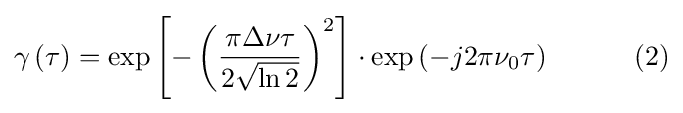
\gamma \left(\tau \right)=\exp \left[-\left({\frac {\pi \Delta \nu \tau }{2{\sqrt {\ln 2}}}}\right)^{2}\right]\cdot \exp \left(-j2\pi \nu _{0}\tau \right)\qquad \quad (2)